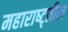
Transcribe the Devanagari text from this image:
महाराष्ट्तील